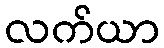
လက်ယာ